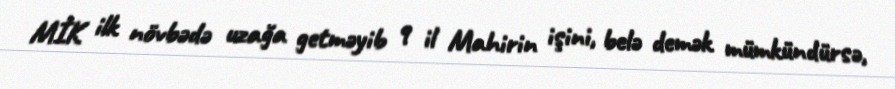
MİK ilk növbədə uzağa getməyib 9 il Mahirin işini, belə demək mümkündürsə,